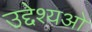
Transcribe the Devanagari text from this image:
उद्देश्यओ